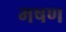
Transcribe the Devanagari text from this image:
भषण